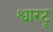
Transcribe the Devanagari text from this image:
श्वारटू